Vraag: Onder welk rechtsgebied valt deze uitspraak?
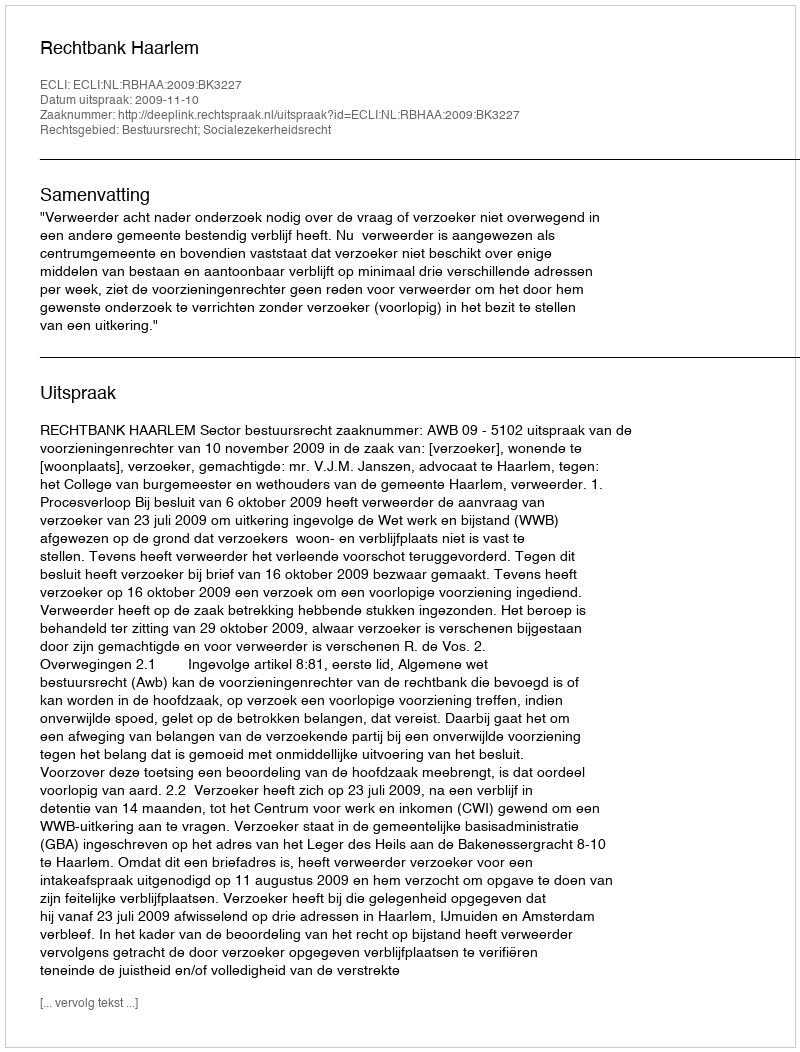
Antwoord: Bestuursrecht; Socialezekerheidsrecht